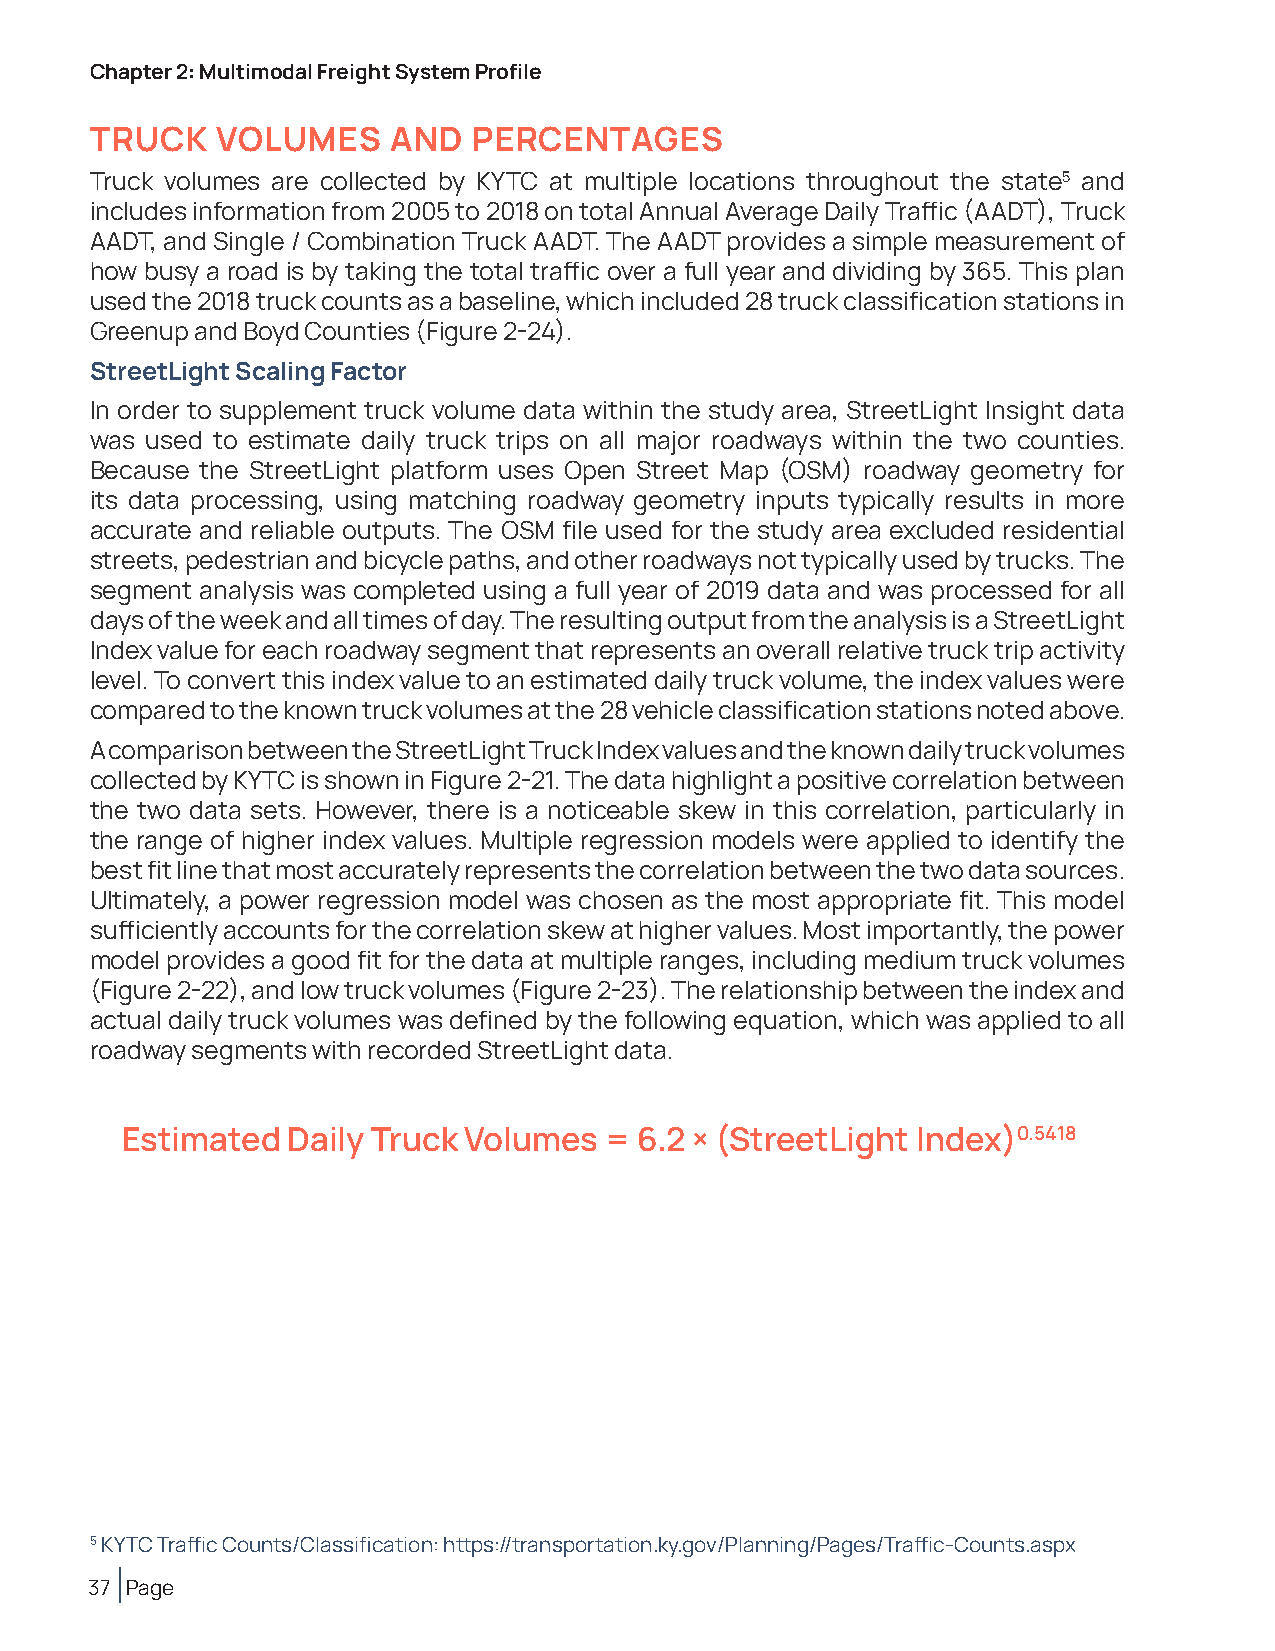
Chapter 2: Multimodal Freight System Profile
 TRUCK   VOLUMES     AND  PERCENTAGES
 Truck volumes are collected by KYTC at multiple locations throughout the state5 and
 includes information from 2005 to 2018 on total Annual Average Daily Traffic (AADT), Truck
 AADT, and Single / Combination Truck AADT. The AADT provides a simple measurement of
 how busy a road is by taking the total traffic over a full year and dividing by 365. This plan
 used the 2018 truck counts as a baseline, which included 28 truck classification stations in
 Greenup and Boyd Counties (Figure 2-24).
 StreetLight Scaling Factor
 In order to supplement truck volume data within the study area, StreetLight Insight data
 was used to estimate daily truck trips on all major roadways within the two counties.
 Because the StreetLight platform uses Open Street Map (OSM) roadway geometry for
 its data processing, using matching roadway geometry inputs typically results in more
 accurate and reliable outputs. The OSM file used for the study area excluded residential
 streets, pedestrian and bicycle paths, and other roadways not typically used by trucks. The
 segment analysis was completed using a full year of 2019 data and was processed for all
 days of the week and all times of day. The resulting output from the analysis is a StreetLight
 Index value for each roadway segment that represents an overall relative truck trip activity
 level. To convert this index value to an estimated daily truck volume, the index values were
 compared to the known truck volumes at the 28 vehicle classification stations noted above.
 A comparison between the StreetLight Truck Index values and the known daily truck volumes
 collected by KYTC is shown in Figure 2-21. The data highlight a positive correlation between
 the two data sets. However, there is a noticeable skew in this correlation, particularly in
 the range of higher index values. Multiple regression models were applied to identify the
 best fit line that most accurately represents the correlation between the two data sources.
 Ultimately, a power regression model was chosen as the most appropriate fit. This model
 sufficiently accounts for the correlation skew at higher values. Most importantly, the power
 model provides a good fit for the data at multiple ranges, including medium truck volumes
 (Figure 2-22), and low truck volumes (Figure 2-23). The relationship between the index and
 actual daily truck volumes was defined by the following equation, which was applied to all
 roadway segments with recorded StreetLight data.
 Estimated  Daily Truck Volumes  = 6.2 × (StreetLight Index)0.5418
 5 KYTC Traffic Counts/Classification: https://transportation.ky.gov/Planning/Pages/Traffic-Counts.aspx
 37 Page